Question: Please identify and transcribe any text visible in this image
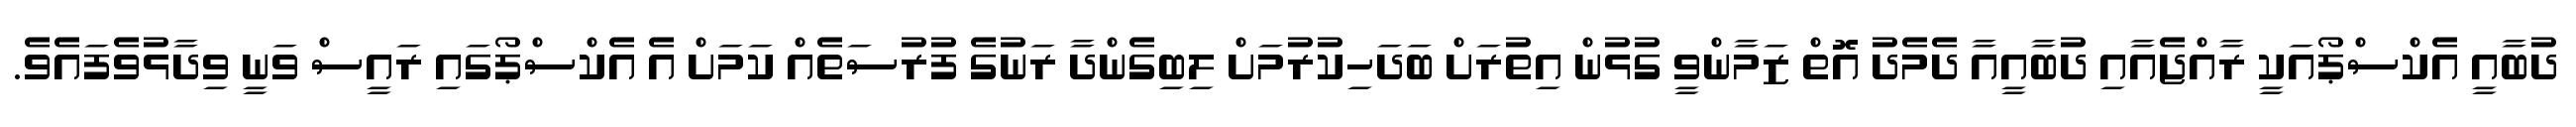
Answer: ދުބާއީ އެކްސްޕޯއަކީ ރާއްޖެއާއި ދުބާއީއާ ދެމެދު އޮތް ޒަމާންވީ ގުޅުން އިތުރަށް ބަދަހިކުރުމަށް ލިބިގެންދާ ރަނުގެ ފުރުސަތެއް ކަމަށް އެ އެކްސްޕޯގައި ރައީސް ވަނީ ވިދާޅުވެފައެވެ.